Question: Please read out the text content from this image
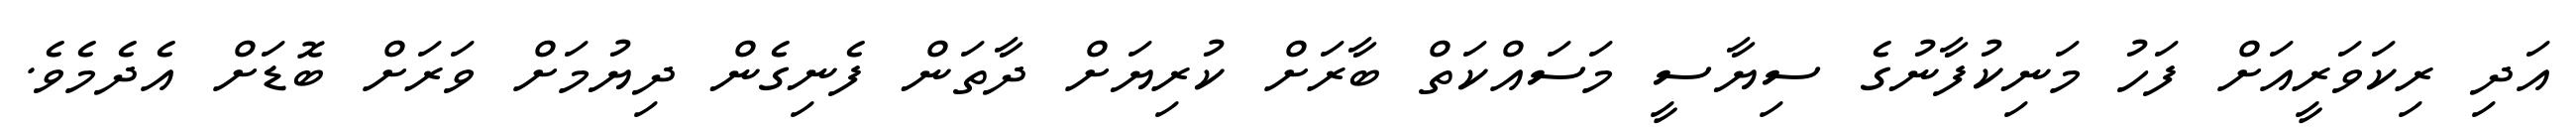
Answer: އަދި ރިކަވަރީއަށް ފަހު މަނިކުފާނުގެ ސިޔާސީ މަސައްކަތް ބާރަށް ކުރިޔަށް ދާތަން ފެނިގެން ދިޔުމަށް ވަރަށް ބޮޑަށް އެދެމެވެ.